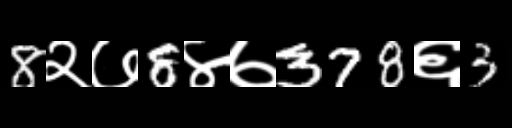
Text: 8२७8४७378६3